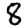
Digit: 8